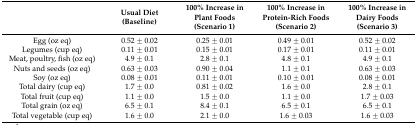
<table><thead><tr><td></td><td><b>Usual Diet (Baseline)</b></td><td><b>100% Increase in Plant Foods (Scenario 1)</b></td><td><b>100% Increase in Protein-Rich Foods (Scenario 2)</b></td><td><b>100% Increase in Dairy Foods (Scenario 3)</b></td></tr></thead><tbody><tr><td>Egg (oz eq)</td><td>0.52 ± 0.02</td><td>0.25 ± 0.01</td><td>0.49 ± 0.01</td><td>0.52 ± 0.02</td></tr><tr><td>Legumes (cup eq)</td><td>0.11 ± 0.01</td><td>0.15 ± 0.01</td><td>0.17 ± 0.01</td><td>0.11 ± 0.01</td></tr><tr><td>Meat, poultry, fish (oz eq)</td><td>4.9 ± 0.1</td><td>2.8 ± 0.1</td><td>4.8 ± 0.1</td><td>4.9 ± 0.1</td></tr><tr><td>Nuts and seeds (oz eq)</td><td>0.63 ± 0.03</td><td>0.90 ± 0.04</td><td>1.1 ± 0.1</td><td>0.63 ± 0.03</td></tr><tr><td>Soy (oz eq)</td><td>0.08 ± 0.01</td><td>0.11 ± 0.01</td><td>0.10 ± 0.01</td><td>0.08 ± 0.01</td></tr><tr><td>Total dairy (cup eq)</td><td>1.7 ± 0.0</td><td>0.81 ± 0.02</td><td>1.6 ± 0.0</td><td>2.8 ± 0.1</td></tr><tr><td>Total fruit (cup eq)</td><td>1.1 ± 0.0</td><td>1.5 ± 0.0</td><td>1.1 ± 0.0</td><td>1.7 ± 0.03</td></tr><tr><td>Total grain (oz eq)</td><td>6.5 ± 0.1</td><td>8.4 ± 0.1</td><td>6.5 ± 0.1</td><td>6.5 ± 0.1</td></tr><tr><td>Total vegetable (cup eq)</td><td>1.6 ± 0.0</td><td>2.1 ± 0.0</td><td>1.6 ± 0.03</td><td>1.6 ± 0.03</td></tr></tbody></table>